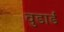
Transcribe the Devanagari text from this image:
वुडार्ड